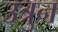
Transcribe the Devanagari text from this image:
उत्रुन